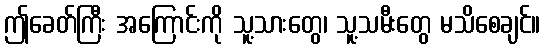
ဤခေတ်ကြီး အကြောင်းကို သူ့သားတွေ၊ သူ့သမီးတွေ မသိစေချင်။